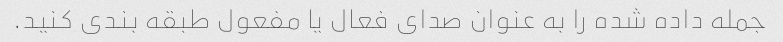
جمله داده شده را به عنوان صدای فعال یا مفعول طبقه بندی کنید.